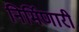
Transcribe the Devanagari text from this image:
निर्मिणारी